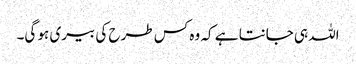
اللہ ہی جانتا ہے کہ وہ کس طرح کی بیری ہو گی۔